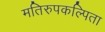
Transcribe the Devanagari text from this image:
मतिरुपकल्पिता